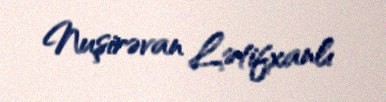
Nuşirəvan Lətifxanlı